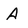
Character: A